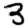
Digit: 3